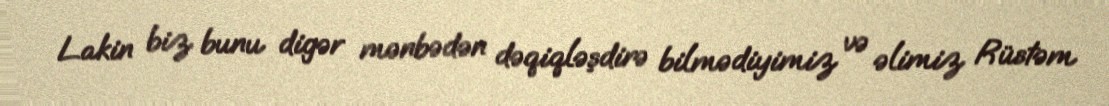
Lakin biz bunu digər mənbədən dəqiqləşdirə bilmədiyimiz və əlimiz Rüstəm